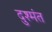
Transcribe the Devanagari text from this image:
दुश्मंत